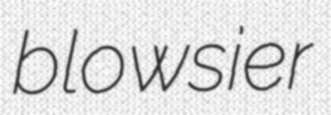
blowsier